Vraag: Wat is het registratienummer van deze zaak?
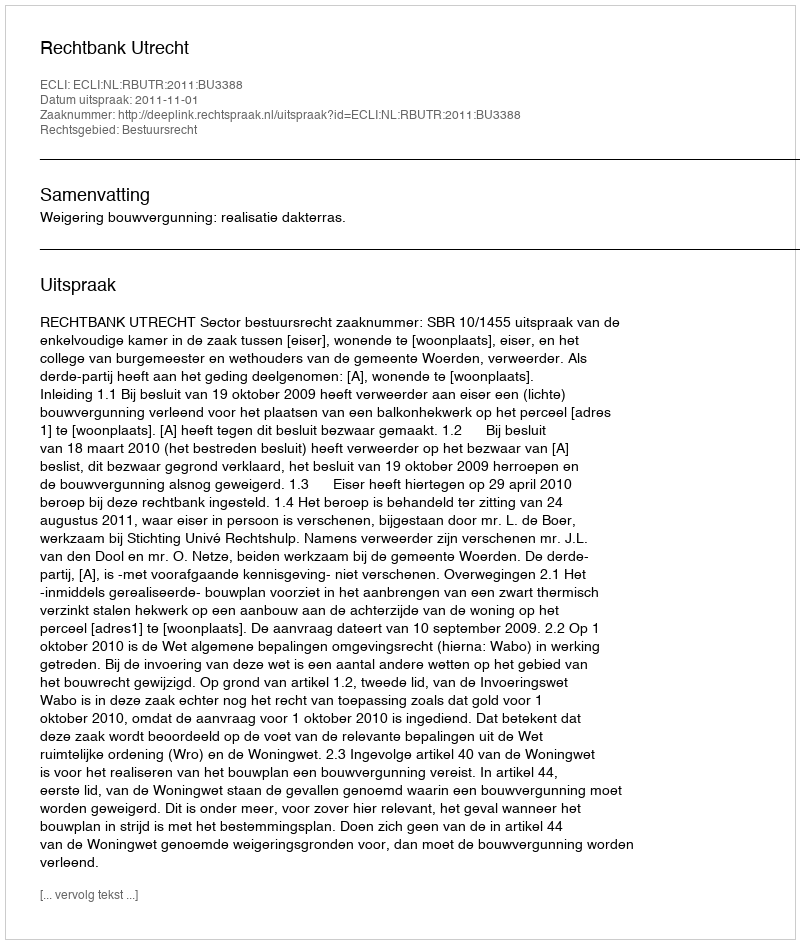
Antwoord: http://deeplink.rechtspraak.nl/uitspraak?id=ECLI:NL:RBUTR:2011:BU3388